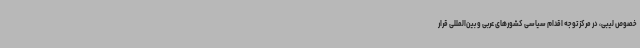
خصوص لیبی، در مرکز توجه اقدام سیاسی کشورهای عربی و بین‌المللی قرار